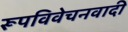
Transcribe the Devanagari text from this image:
रूपविवेचनवादी